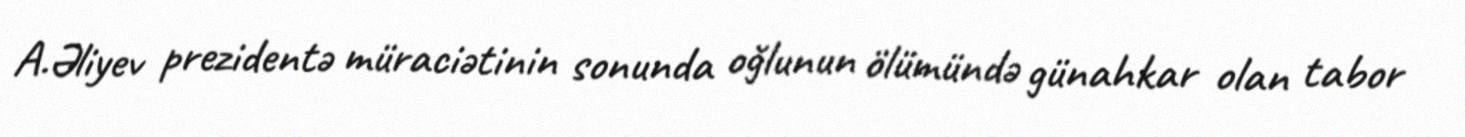
A.Əliyev prezidentə müraciətinin sonunda oğlunun ölümündə günahkar olan tabor